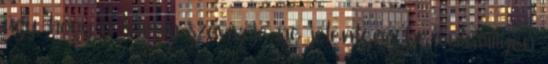
úgy, hogy a Virgin szóvivője ne jelentene be valamilyen